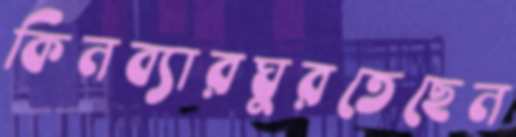
কিনব্যারঘুরতেছেন